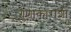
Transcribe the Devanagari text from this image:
गुणाकाराशी